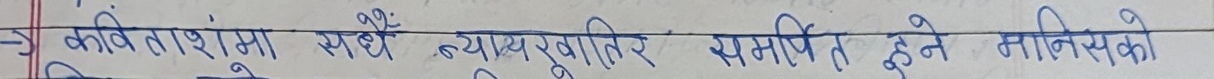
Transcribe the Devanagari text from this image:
कवितांशुमा सधैं न्यायपूर्तिर समर्पित हुने मानिसको